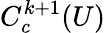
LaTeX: C_{c}^{k+1}(U)